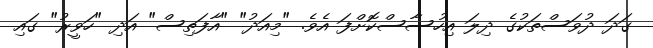
ގަދަ ދުވަސްތަކުގެ ދިލަ އިހުސާސްކޮށްފަ އެވެ. "މިއަދު" "އާފަތިސް" އަދި "ހަވީރު" ގައި